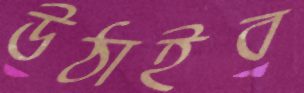
উঠাইব